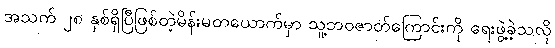
အသက် ၂၈ နှစ်ရှိပြီဖြစ်တဲ့မိန်းမတယောက်မှာ သူ့ဘဝဇာတ်ကြောင်းကို ရေးဖွဲ့ခဲ့သလို